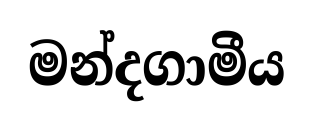
මන්දගාමීය